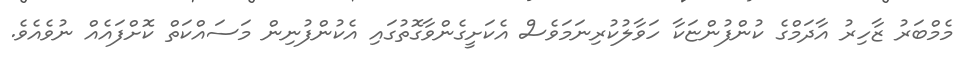
މެމްބަރު ޒާހިރު އާދަމްގެ ކުންފުންޏަކާ ހަވާލުކުރިނަމަވެސް އެކަށީގެންވާގޮތުގައި އެކުންފުނިން މަސައްކަތް ކޮށްފައެއް ނުވެއެވެ.